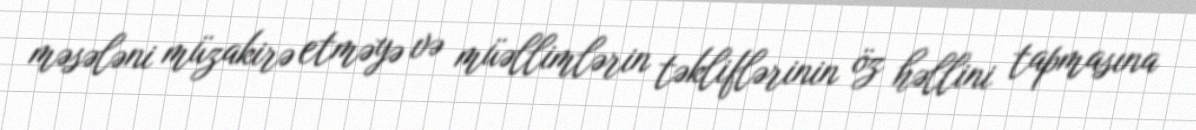
məsələni müzakirə etməyə və müəllimlərin təkliflərinin öz həllini tapmasına